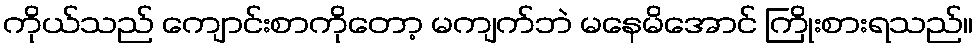
ကိုယ်သည် ကျောင်းစာကိုတော့ မကျက်ဘဲ မနေမိအောင် ကြိုးစားရသည်။